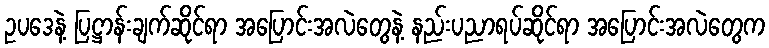
ဥပဒေနဲ့ ပြဋ္ဌာန်းချက်ဆိုင်ရာ အပြောင်းအလဲတွေနဲ့ နည်းပညာရပ်ဆိုင်ရာ အပြောင်းအလဲတွေက